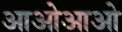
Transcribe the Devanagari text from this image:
आओआओ